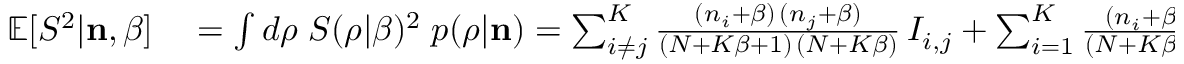
\begin{array} { r l } { \mathbb { E } [ S ^ { 2 } | { \bf n } , \beta ] } & { { } = \int d \boldsymbol { \rho } \; S ( \boldsymbol { \rho } | \beta ) ^ { 2 } \; p ( \boldsymbol { \rho } | { \bf n } ) = \sum _ { i \neq j } ^ { K } \frac { ( n _ { i } + \beta ) \, ( n _ { j } + \beta ) } { ( N + K \beta + 1 ) \, ( N + K \beta ) } \, I _ { i , j } + \sum _ { i = 1 } ^ { K } \frac { ( n _ { i } + \beta + 1 ) \, ( n _ { i } + \beta ) } { ( N + K \beta + 1 ) \, ( N + K \beta ) } \, J _ { i } \; , } \end{array}